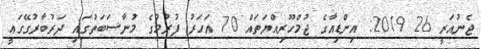
ޖެނުއަރީ 26 2019: އިންޑިއާގެ ޖުމްހޫރިއްޔަތައް 70 އަހަރު ފުރުމުގެ މުނާސަބަތުގައި ދަރުބާރުގޭގަޢީ